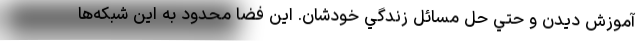
آموزش ديدن و حتي حل مسائل زندگي خودشان. اين فضا محدود به اين شبكه‌ها